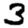
Digit: 3